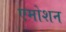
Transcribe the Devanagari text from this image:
एमोशन